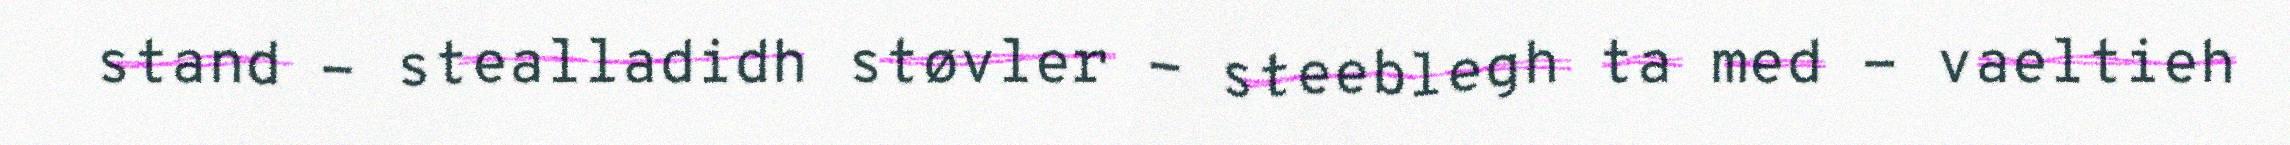
stand - stealladidh støvler - steeblegh ta med - vaeltieh